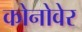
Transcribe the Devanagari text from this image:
कोनोवेर